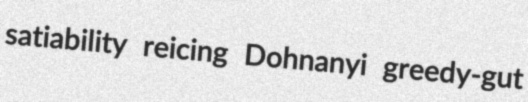
satiability reicing Dohnanyi greedy-gut